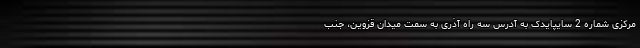
مرکزی شماره 2 سایپایدک به آدرس سه راه آذری به سمت میدان قزوین، جنب